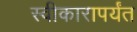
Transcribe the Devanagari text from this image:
स्वीकारापर्यंत